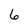
Character: 6